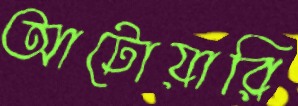
আটোয়ারি